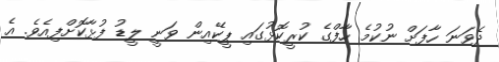
ދެވަނަ ހާފަށް ނުކުމެ ހާފްގެ ކުރީކޮޅުގައި ޕީކޭއިން ވަނީ ލީޑު ފުޅާކޮށްފިއެވެ. އެ